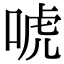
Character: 唬